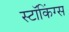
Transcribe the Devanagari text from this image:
स्टॉकिंग्स